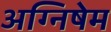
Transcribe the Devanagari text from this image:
अग्निषेम